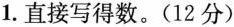
1.直接写得数.(12分)